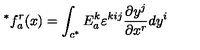
^ { * } f _ { a } ^ { r } ( x ) = \int _ { c ^ { * } } E _ { a } ^ { k } \varepsilon ^ { k i j } \frac { \partial y ^ { j } } { \partial x ^ { r } } d y ^ { i }